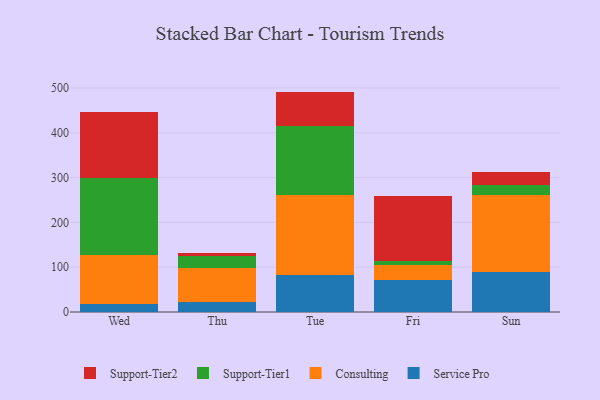
{"axis": {"x": "Day", "y": "LTV (USD)"}, "legend": ["Consulting", "Service Pro", "Support-Tier1", "Support-Tier2"], "data": [{"x": "Wed", "y": 18.2, "type": "Service Pro"}, {"x": "Wed", "y": 109.1, "type": "Consulting"}, {"x": "Wed", "y": 170.8, "type": "Support-Tier1"}, {"x": "Wed", "y": 149.0, "type": "Support-Tier2"}, {"x": "Thu", "y": 23.4, "type": "Service Pro"}, {"x": "Thu", "y": 74.3, "type": "Consulting"}, {"x": "Thu", "y": 27.2, "type": "Support-Tier1"}, {"x": "Thu", "y": 6.2, "type": "Support-Tier2"}, {"x": "Tue", "y": 82.8, "type": "Service Pro"}, {"x": "Tue", "y": 177.7, "type": "Consulting"}, {"x": "Tue", "y": 155.4, "type": "Support-Tier1"}, {"x": "Tue", "y": 76.1, "type": "Support-Tier2"}, {"x": "Fri", "y": 72.0, "type": "Service Pro"}, {"x": "Fri", "y": 33.7, "type": "Consulting"}, {"x": "Fri", "y": 8.4, "type": "Support-Tier1"}, {"x": "Fri", "y": 145.8, "type": "Support-Tier2"}, {"x": "Sun", "y": 90.0, "type": "Service Pro"}, {"x": "Sun", "y": 171.8, "type": "Consulting"}, {"x": "Sun", "y": 21.5, "type": "Support-Tier1"}, {"x": "Sun", "y": 29.2, "type": "Support-Tier2"}]}